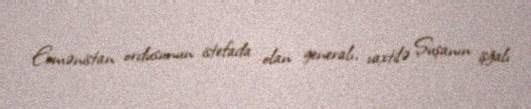
Ermənistan ordusunun istefada olan generalı, vaxtilə Şuşanın işğalı